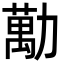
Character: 勱